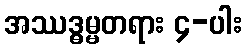
အဿဒ္ဓမ္မတရား ၄-ပါး